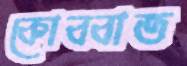
কোব্বাত